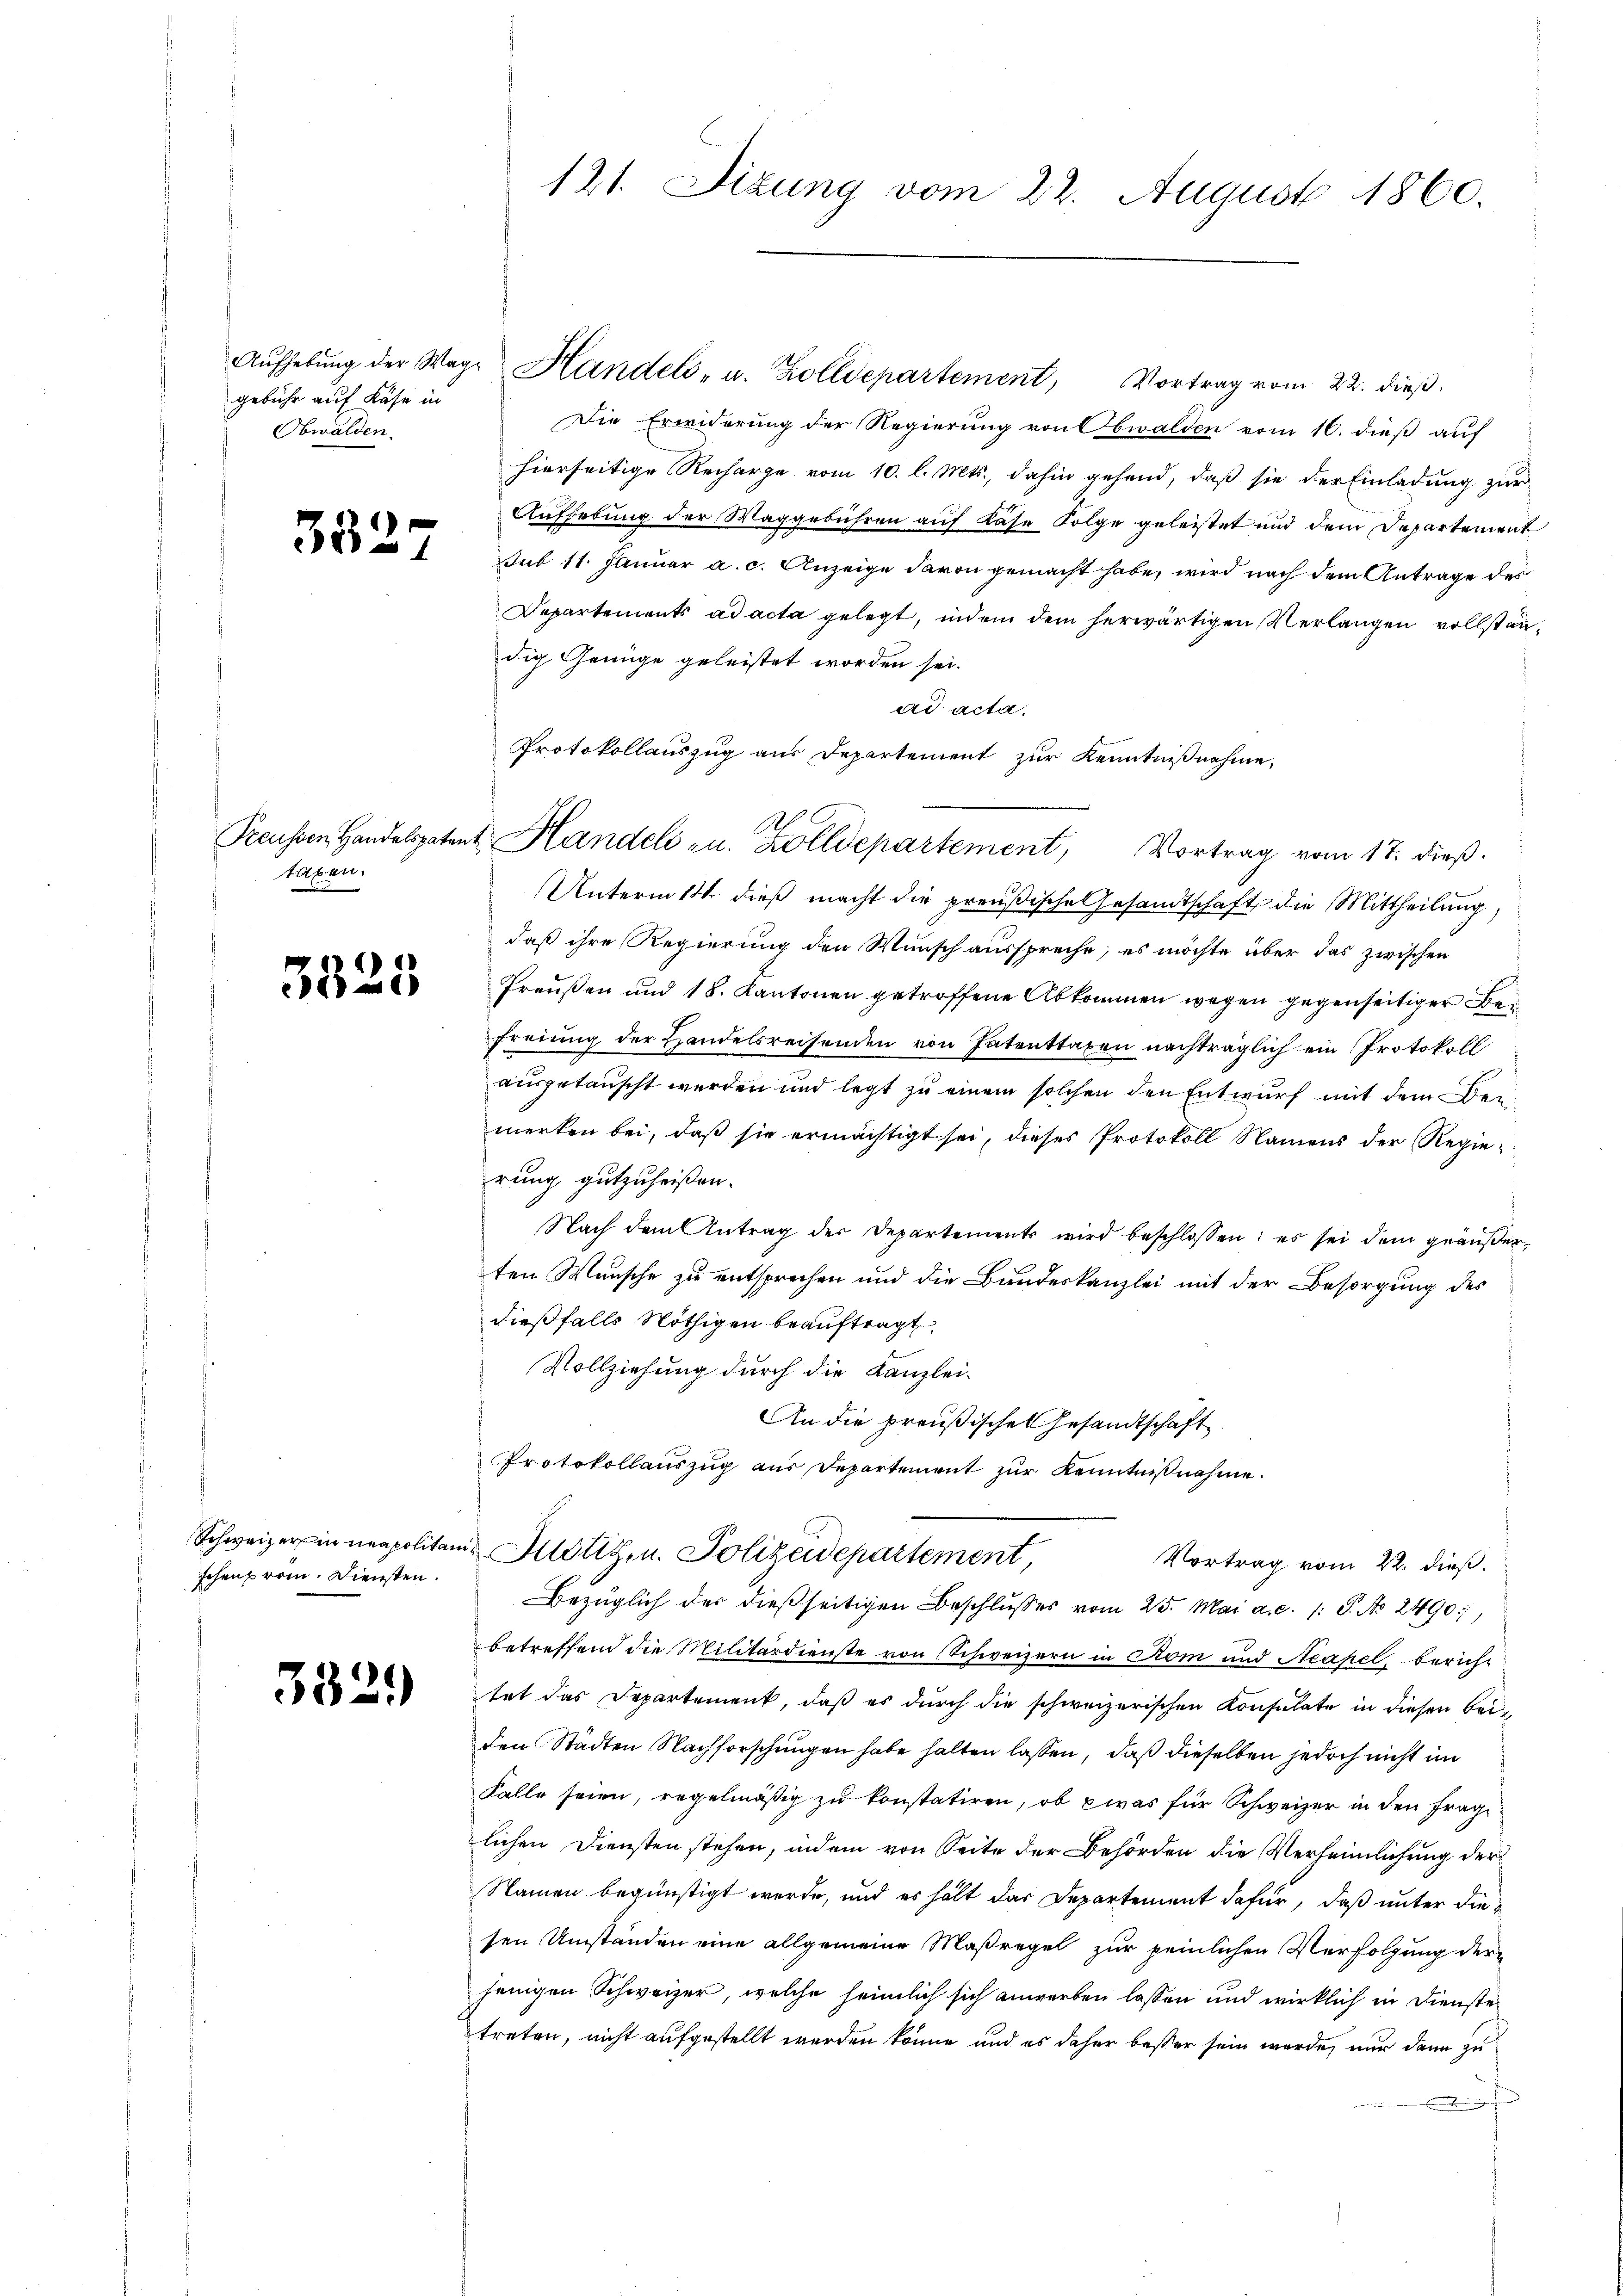
gebühr auf Käse in
Obwalden.

35.

27

Preussen Handelspaten
taben.

3325

Schweizers in neapolitan
schens vom. Diensten.

3529

121. Sizung vom 22. August 1860.

Aŭfhebŭng der Wege Handels- u. Zolldepartement, Vortrag vom 22. dieβ.
Die Erwiderung der Regierung von Obwalden vom 16. dieß auf
hierseitige Recharge vom 10. l. Mts., dahin gehend, daß sie der Einladung zur
Aufhebung der Maggebühren auf lase Folge geleistet und dem Departement
sub 11. Januar a. c. Anzeige davon gemacht habe, wird nach dem Antrage des
Departements ad acta gelegt, indem dem herwärtigen Verlangen vollständig Genüge geleistet worden sei.
ad acta.
Unterm 11. dieß macht die preußische Gesandtschaft die Mittheilung,
daß ihre Regierung den Wunsch ausspreche, es möchte über das zwischen
Preußen und 18. Kantonen getroffene Abkommen wegen gegenseitiger Befreiung der Handelsreisenden von Patenttaxen nachträglich ein Protokoll
ausgetauscht werden und legt zu einem solchen den Entwurf mit dem Beimerken bei, daß sie ermächtigt sei, dieses Protokoll Namens der Regierung gutzuheißen.
Nach dem Antrag der Departements wird beschlossen: es sei dem geäußerten Wunsche zu entsprechen und die Bundeskanzlei mit der Besorgung des
dießfalls Nöthigen beauftragt
Vollziehung durch die Kanzlei-
An die preußisches Gesandtschaft
Protokollauszug aus Departement zur Kenntnißnahme.
Justiz- u. Polizeidepartement,
Vortrag vom 22. dieß.
Bezüglich der dießseitigen Beschlŭsses vom 25. Mai a. c. 1 S. Nr. 2490),
betreffend die Militärdienste von Schweizern in Rom und Neapel, bericht
tet das Departement, daß es durch die schweizerischen Konsulate in diesen Bei-
den Städten Nachforschungen habe halten lassen, daß dieselben jedoch nicht im
Falle seien, regelmäßig zu konstatiren, ob was für Schweizer in den Frage
lichen Diensten stehen, indem von Seite der Behörden die Verheimlichung der
Namen begünstigt werde, und es hält das Departement dafür, daß unter diesen Umständen eine allgemeine Maßregel zur peinlichen Verfolgung der
jenigen Schweizer, welche heimlich sich anwerben lassen und wirklich in Dienste
treten, nicht aufgestellt werden könne, und es daher besser sein werde, nur dann zu
.

Protokollauszug aus Departement zur Kenntnißnahme,
20
A Handels- u. Zolldepartement, Vortrag vom 17. dieß.